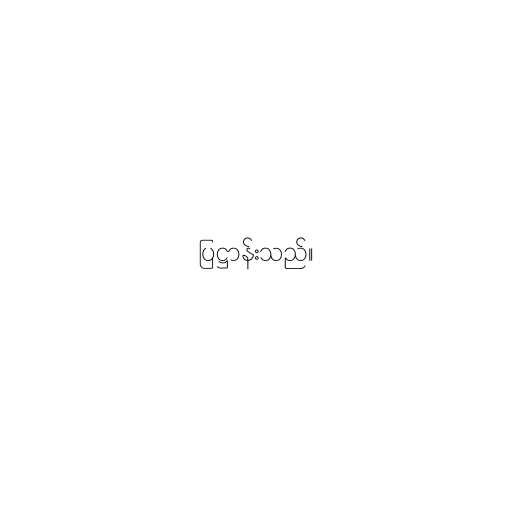
ပြဋ္ဌာန်းသည်။